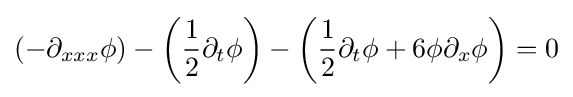
\left(-\partial _{xxx}\phi \right)-\left({\frac {1}{2}}\partial _{t}\phi \right)-\left({\frac {1}{2}}\partial _{t}\phi +6\phi \partial _{x}\phi \right)=0